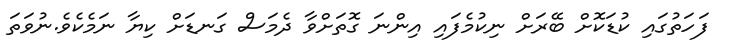
ފަހަތުގައި ކުޑަކޮށް ބޭރަށް ނިކުމެފައި އިންނަ ގޮތަށްވާ ދެމަސް ގަނޑަށް ކިޔާ ނަމެކެވެ.ނުވަތަ